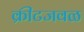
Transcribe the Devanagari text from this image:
क्रीटजवळ